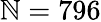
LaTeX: \mathbb{N}=796